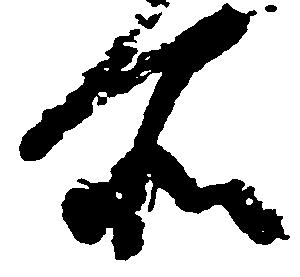
所